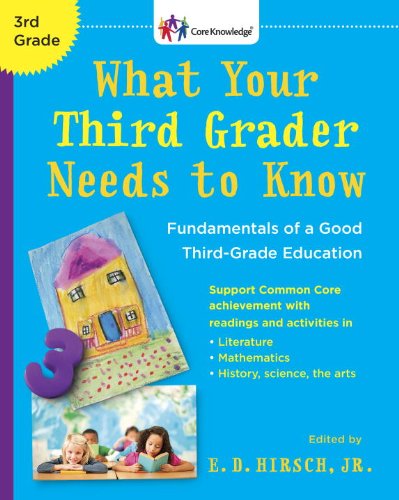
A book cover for What Your Third Grader Needs to Know (Revised Edition): Fundamentals of a Good Third-Grade Education (Core Knowledge Series); E.D. Hirsch Jr.; Education & Teaching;